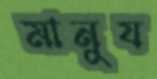
মানুয